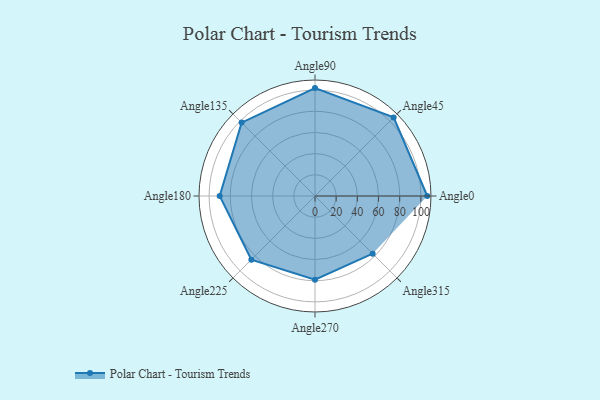
{"axis": {"x": "Angle", "y": "Radius"}, "legend": [""], "data": [{"x": "Angle0", "y": 106.0, "type": ""}, {"x": "Angle45", "y": 105.0, "type": ""}, {"x": "Angle90", "y": 102.0, "type": ""}, {"x": "Angle135", "y": 98.0, "type": ""}, {"x": "Angle180", "y": 90.0, "type": ""}, {"x": "Angle225", "y": 85.0, "type": ""}, {"x": "Angle270", "y": 79.0, "type": ""}, {"x": "Angle315", "y": 77.0, "type": ""}]}